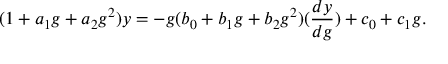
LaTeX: ( 1 + a _ { 1 } g + a _ { 2 } g ^ { 2 } ) y = - g ( b _ { 0 } + b _ { 1 } g + b _ { 2 } g ^ { 2 } ) ( \frac { d y } { d g } ) + c _ { 0 } + c _ { 1 } g .